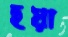
হয়া